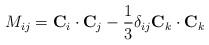
LaTeX: \begin{align*}M_{ij} = {\bf C}_i\cdot {\bf C}_j - {1\over 3} \delta_{ij} {\bf C}_k \cdot {\bf C}_k\end{align*}